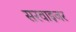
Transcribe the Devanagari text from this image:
सरवाइजर